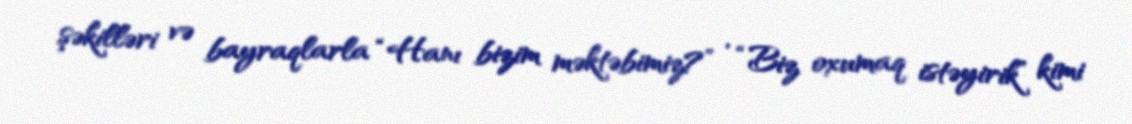
şəkilləri və bayraqlarla “Hanı bizim məktəbimiz?” , “Biz oxumaq istəyirik” kimi